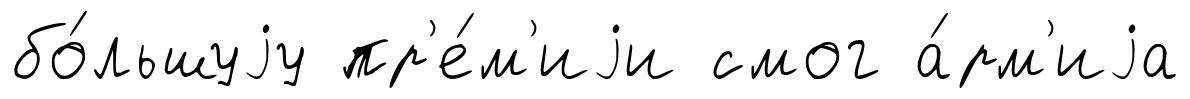
бо́льшуjу пр'е́м'иjи смог а́рм'иjа